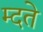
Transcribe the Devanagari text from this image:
म्दते